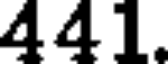
441.